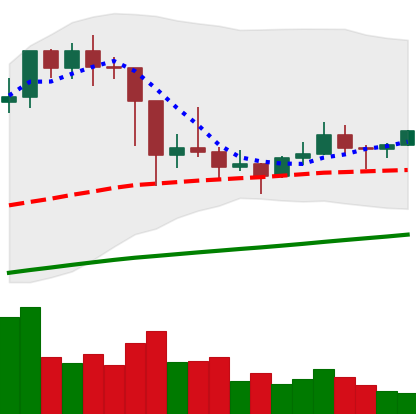
Ticker: LTC-USD
Chart end date: 2021-03-07
Forward return: 15.764%
Label: up_7plus